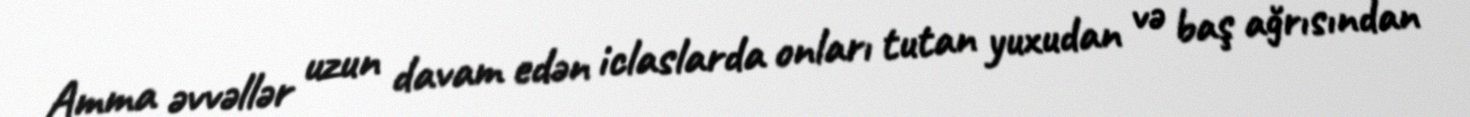
Amma əvvəllər uzun davam edən iclaslarda onları tutan yuxudan və baş ağrısından